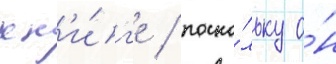
кн'и́г'е / поско́льку о́н